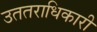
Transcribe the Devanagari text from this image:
उततराधिकारी